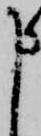
申